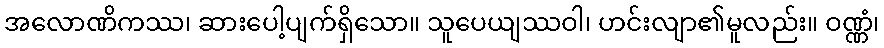
အလောဏိကဿ၊ ဆားပေါ့ပျက်ရှိသော။ သူပေယျဿဝါ၊ ဟင်းလျာ၏မူလည်း။ ဝဏ္ဏံ၊